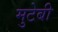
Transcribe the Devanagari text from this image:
मुटेबी